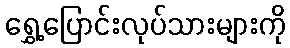
ရွှေ့ပြောင်းလုပ်သားများကို